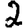
Digit: 2